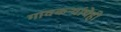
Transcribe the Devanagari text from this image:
गावकऱ्यांचेही